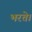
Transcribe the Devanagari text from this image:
भरते।